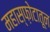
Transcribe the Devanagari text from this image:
महास्फ़ोटातून